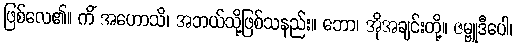
ဖြစ်လေ၏။ ကိံ အဟောသိ၊ အဘယ်သို့ဖြစ်သနည်း။ ဘော၊ အိုအချင်းတို့။ ဇမ္ဗူဒီပေါ၊